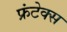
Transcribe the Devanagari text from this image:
फ्रंटेक्स